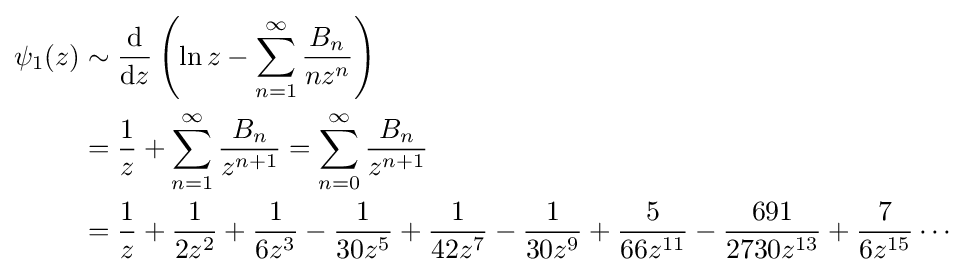
{\begin{aligned}\psi _{1}(z)&\sim {\operatorname {d}  \over \operatorname {d} \!z}\left(\ln z-\sum _{n=1}^{\infty }{\frac {B_{n}}{nz^{n}}}\right)\\&={\frac {1}{z}}+\sum _{n=1}^{\infty }{\frac {B_{n}}{z^{n+1}}}=\sum _{n=0}^{\infty }{\frac {B_{n}}{z^{n+1}}}\\&={\frac {1}{z}}+{\frac {1}{2z^{2}}}+{\frac {1}{6z^{3}}}-{\frac {1}{30z^{5}}}+{\frac {1}{42z^{7}}}-{\frac {1}{30z^{9}}}+{\frac {5}{66z^{11}}}-{\frac {691}{2730z^{13}}}+{\frac {7}{6z^{15}}}\cdots \end{aligned}}